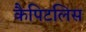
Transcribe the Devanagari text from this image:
कैपिटलिस